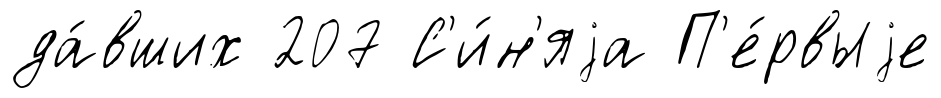
да́вших 207 С'и́н'яjа П'е́рвыjе